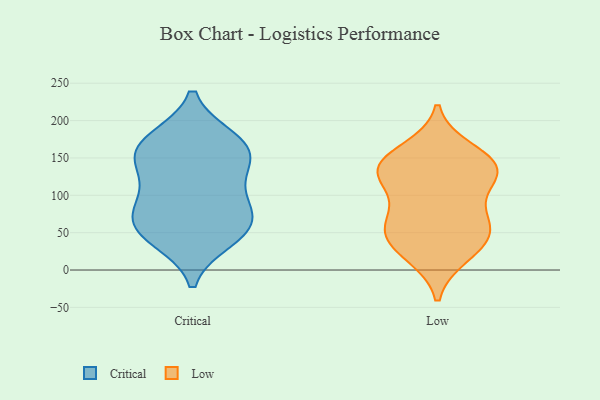
{"axis": {"x": "Page Views", "y": "Value"}, "legend": ["Critical", "Low"], "data": [{"x": "", "y": 141, "type": "Critical"}, {"x": "", "y": 161, "type": "Critical"}, {"x": "", "y": 59, "type": "Critical"}, {"x": "", "y": 89, "type": "Critical"}, {"x": "", "y": 75, "type": "Critical"}, {"x": "", "y": 46, "type": "Critical"}, {"x": "", "y": 41, "type": "Critical"}, {"x": "", "y": 175, "type": "Critical"}, {"x": "", "y": 174, "type": "Critical"}, {"x": "", "y": 100, "type": "Critical"}, {"x": "", "y": 136, "type": "Critical"}, {"x": "", "y": 62, "type": "Critical"}, {"x": "", "y": 158, "type": "Critical"}, {"x": "", "y": 73, "type": "Low"}, {"x": "", "y": 142, "type": "Low"}, {"x": "", "y": 50, "type": "Low"}, {"x": "", "y": 75, "type": "Low"}, {"x": "", "y": 26, "type": "Low"}, {"x": "", "y": 145, "type": "Low"}, {"x": "", "y": 51, "type": "Low"}, {"x": "", "y": 127, "type": "Low"}, {"x": "", "y": 20, "type": "Low"}, {"x": "", "y": 160, "type": "Low"}, {"x": "", "y": 130, "type": "Low"}, {"x": "", "y": 49, "type": "Low"}, {"x": "", "y": 122, "type": "Low"}, {"x": "", "y": 133, "type": "Low"}]}